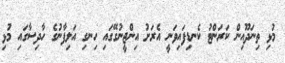
މުޅި ތިނަދޫއިން ކަރަންޓު ކެނޑިފައިވަނީ އެރަށު އިންޖީނުގޭގައި ހިނގި އަލިފާނުގެ ހާދިސާގައި މުޅި